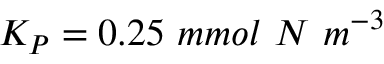
K _ { P } = 0 . 2 5 ~ m m o l ~ N ~ m ^ { - 3 }